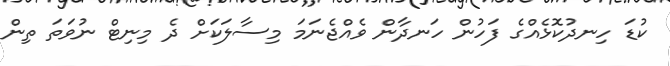
ކުޑަ ހިނދުކޮޅެއްގެ ފަހުން ހަނދާން ވެއްޖެނަމަ މިސާލަކަށް ދެ މިނިޓް ނުވަތަ ތިން